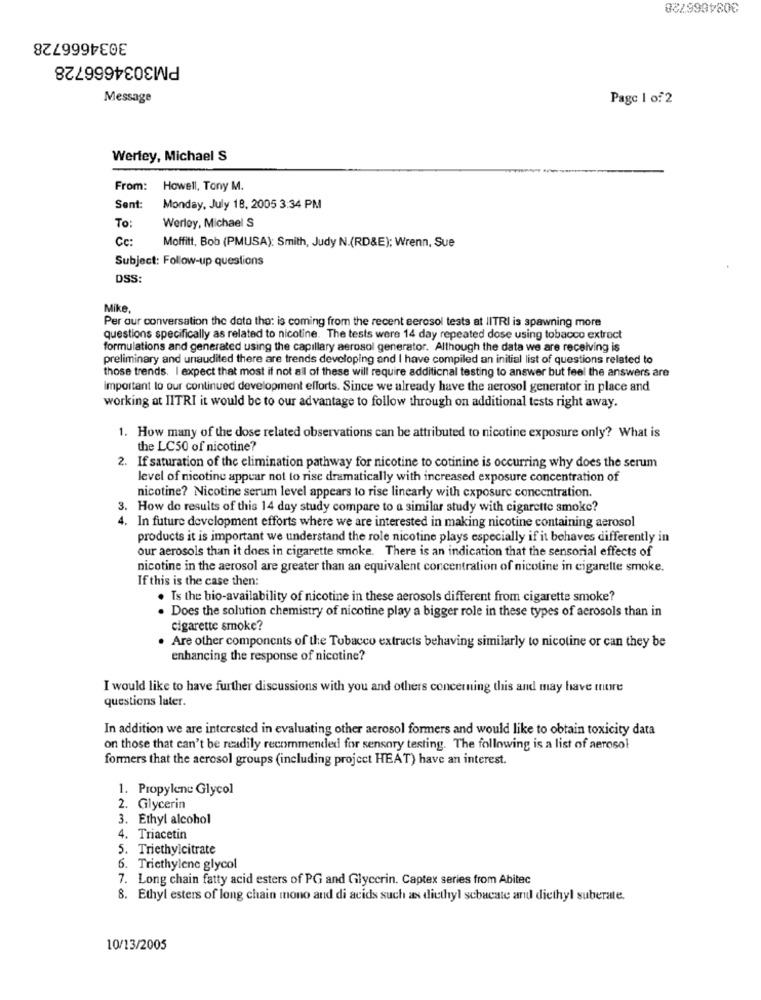
3084666728
3034666728
PM3034666728
Message
Page 1 of 2
Werley, Michael S
From: Howell, Tony M.
Sent:
Monday, July 18, 2005 3:34 PM
To:
Werley, Michael S
Cc:
Moffitt, Bob (PMUSA): Smith, Judy N.(RD&E); Wrenn, Sue
Subject: Follow-up questions
DSS:
Mike,
Per our conversation the date the: is coming from the recent aerosol tests at IITRI is spawning more
questions specifically as related to nicotine. The tests were 14 day repeated dose using tobacco extract
formulations and generated using the capillary aerosol generator. Although the data we are receiving is
preliminary and unaudited there are trends developing and I have compiled an initial list of questions related to
those trends. I expect that most if not all of these will require additional testing to answer but feel the answers are
important lo our continued development efforts. Since we already have the aerosol generator in place and
working at IITRI it would be to our advantage to follow through on additional tests right away.
1. How many of the dose related observations can be attributed to nicotine exposure only? What is
the LC50 of nicotine?
2. If saturation of the elimination pathway for nicotine to cotinine is occurring why does the serum
level of nicotine appear not to rise dramatically with increased exposure concentration of
nicotine? Nicotine serum level appears to rise linearly with exposure concentration.
3. How do results of this 14 day study compare to a similar study with cigarette smoke?
4. In future development efforts where we are interested in making nicotine containing aerosol
products it is important we understand the role nicotine plays especially if it behaves differently in
our aerosols than it does in cigarette smoke. There is an indication that the sensorial effects of
nicotine in the aerosol are greater than an equivalent concentration of nicotine in cigarette smoke.
If this is the case then:
. Is the bio-availability of nicotine in these aerosols different from cigarette smoke?
. Does the solution chemistry of nicotine play a bigger role in these types of aerosols than in
cigarette smoke?
. Are other components of the Tobacco extracts behaving similarly to nicotine or can they be
enhancing the response of nicotine?
I would like to have further discussions with you and others concerning this and may have ture
questions later.
In addition we are interested in evaluating other aerosol formers and would like to obtain toxicity data
on those that can't be readily recommended for sensory testing. The following is a list of aerosol
formers that the aerosol groups (including project HEAT) have an interest.
1. Propylene Glycol
2. Glycerin
3. Ethyl alcohol
4. Triacetin
5. Triethylcitrate
6. Tricthylene glycol
7. Long chain fatty acid esters of PG and Glycerin. Captex series from Abitec
8. Ethyl esters of long chain mono and di acids such as diethyl schacate and diethyl suberate.
10/13/2005